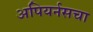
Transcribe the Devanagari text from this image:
अपियर्नसचा